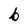
Character: b